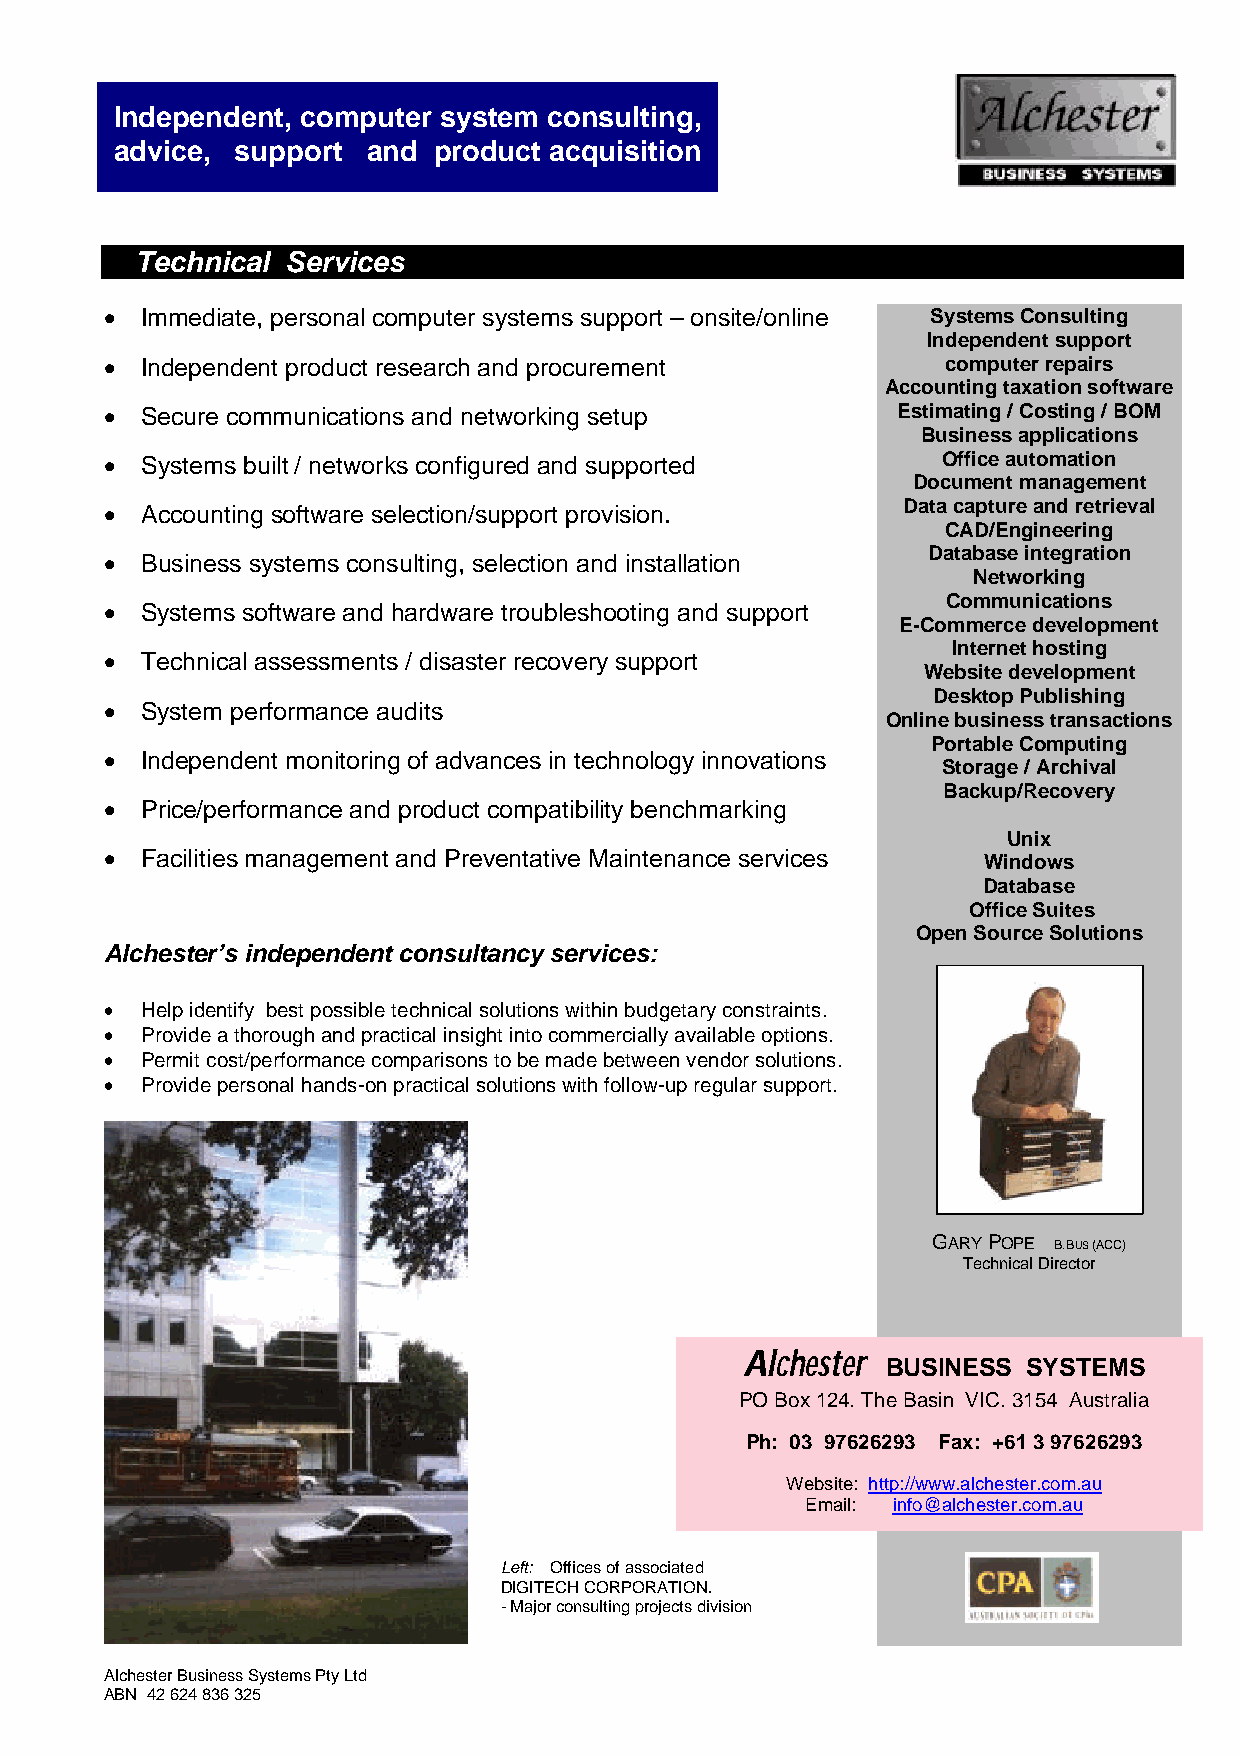
Independent, computer system consulting,
 advice, support and  product acquisition
 Technical Services
 • Immediate, personal computer systems support – onsite/online Systems Consulting
 Independent support
 • Independent product research and procurement          computer repairs
 Accounting taxation software
 • Secure communications and networking setup        Estimating / Costing / BOM
 Business applications
 • Systems built / networks configured and supported    Office automation
 Document management
 • Accounting software selection/support provision.   Data capture and retrieval
 CAD/Engineering
 • Business systems consulting, selection and installation Database integration
 Networking
 • Systems software and hardware troubleshooting and support Communications
 E-Commerce development
 Internet hosting
 • Technical assessments / disaster recovery support
 Website development
 Desktop Publishing
 • System performance audits
 Online business transactions
 Portable Computing
 • Independent monitoring of advances in technology innovations
 Storage / Archival
 Backup/Recovery
 • Price/performance and product compatibility benchmarking
 Unix
 • Facilities management and Preventative Maintenance services Windows
 Database
 Office Suites
 Open Source Solutions
 Alchester’s independent consultancy services:
 • Help identify best possible technical solutions within budgetary constraints.
 • Provide a thorough and practical insight into commercially available options.
 • Permit cost/performance comparisons to be made between vendor solutions.
 • Provide personal hands-on practical solutions with follow-up regular support.
 GARY POPE
 B.BUS (ACC)
 Technical Director
 AAllcchheesstteerr BUSINESS SYSTEMS
 PO Box 124. The Basin VIC. 3154 Australia
 Ph: 03 97626293 Fax: +61 3 97626293
 Website: http://www.alchester.com.au
 Email: info@alchester.com.au
 Left: Offices of associated
 DIGITECH CORPORATION.
 - Major consulting projects division
 Alchester Business Systems Pty Ltd
 ABN 42 624 836 325